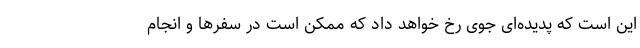
این است که پدیده‌ای جوی رخ خواهد داد که ممکن است در سفرها و انجام